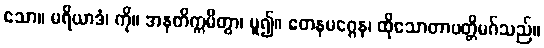
သော။ မရိယာဒံ၊ ကို။ အနတိက္ကမိတွာ၊ မူ၍။ တေနမဂ္ဂေန၊ ထိုသောတာပတ္တိမဂ်သည်။